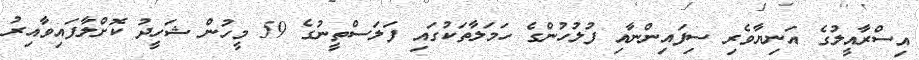
އިސްރާއީލުގެ އަނިޔާވެރި ސިފައިންނާއި ފުލުހުންގެ ހަމަލާތަކުގައި ފަލަސްތީނުގެ 59 މީހުން ޝަހީދު ކޮށްލާފައިވާއިރު